Annual report of the Punjab Veterinary College and of the Civil Veterinary Department, Punjab - 1894-1908
Year: 1894
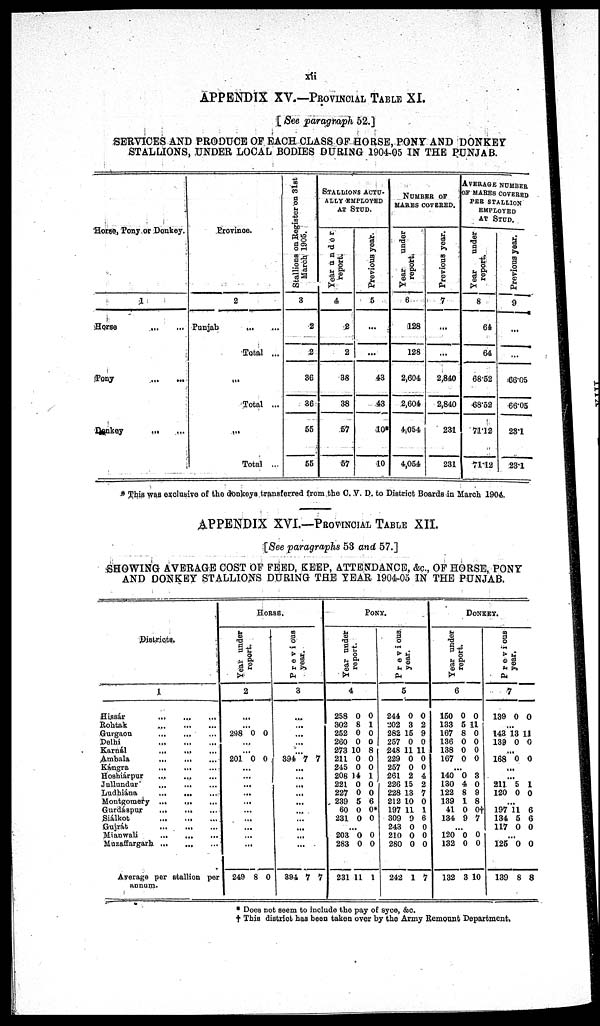
APPENDIX XV.—PROVINCIAL TABLE XL
[ See paragraph 52.]
SERVICES AND PRODUCE OF EACH CLASS OF HORSE, PONY AND DONKEY-
STALLIONS, UNDER LOCAL BODIES DURING 1904-05 IN THE PUNJAB.
Horse, Pony,or Donkey.
1
Horse ... ...
Pony
...
...
Donkey ... ...
Province.
2
Punjab ... ...
Total ...
...
Total ...
...
Total ...
Stallions on Register on 3lst
March 1905.
3
2
2
36
36
55
55
STALLIONS ACTU-
---- EMPLOYED
AT STUD.
Year
under
report.
4
2
2
38
38
57
57
Previous year.
5
...
...
43
43
10
10
NUMBER OF
MARES COVERED.
Year
under
report.
6
128
128
2,604
2,604
4,054
4,054
Previous year.
7
...
...
2,840
2,840
231
231
AVERAGE NUMBER
OF MARES COVERED
PER STALLION
EMPLOYED
AT
STUD.
Year
under
report.
8
64
64
68.52
68.52
71.12
71.12
Previous year.
9
...
...
66.05
66.05
23.1
23.1
* This was exclusive of the donkeys transferred from, the C. V. D. to District Boards in March 1904.
APPENDIX XVI.—PROVINCIAL TABLE XII.
[See paragraphs 53 and 57.]
SHOWING AVERAGE COST OF FEED, KEEP, ATTENDANCE, &c, OF HORSE, PONY
AND DONKEY STALLIONS DURING THE YEAR 1904-05 IN THE PUNJAB.
Districts.
1
Hissár
...
...
...
Rohtak
...
...
...
Gurgaon
...
...
...
Delhi
...
...
...
Karnál ... ... ...
Ambala ... ... ...
Kángra
...
...
...
Hosbiárpur ... ... ...
Jullundur ... ... ...
Ludhiána ... ... ...
Montgomery ... ... ...
Gurdáspur ... ... ...
Siálkot ... ... ...
Gujrát
...
...
...
Mianwali ... ... ...
Muzaffargarh ... ... ...
Average per Btallion per
annum.
HORSE.
Year under
report.
2
...
...
298 0 0
...
...
201 0 0
...
...
...
...
...
...
...
...
...
...
249 8 0
previous
year.
3
...
...
...
...
...
394 7 7
...
...
...
...
...
...
...
...
...
...
394 7 7
PONY.
Year under
report.
4
258
302
252
260
273
211
245
208
221
227
239
60
231
0
8
0
0
10
0
0
14
0
0
5
0
0
0
1
0
0
8
0
0
1
0
0
6
0
0
...
203
283
231
0
0
11
0
0
1
Previous
year.
5
244
202
282
257
248
229
257
261
226
228
212
197
309
243
210
280
242
0
3
15
0
11
0
0
2
15
13
10
11
9
0
0
0
1
0
2
9
0
11
0
0
4
2
7
0
1
6
0
0
0
7
DONKEY.
Year under
report.
6
150
133
167
136
138
167
0
5
8
0
0
0
0
11
0
0
0
0
...
140
130
122
139
41
134
0
4
8
1
0
9
3
0
9
8
0†
7
...
120
132
132
0
0
3
0
0
10
Previous
year.
7
139 0 0
...
143 1
139
3
0
11
0
...
168 0 0
...
...
211
120
5
0
1
0
...
197
134
117
11
5
0
6
6
0
...
125
139
0
8
0
8
* Does not seem to include the pay of syce, &c.
† This district has been taken over by the Army Remount Department.